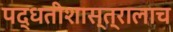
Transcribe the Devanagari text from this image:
पद्धतीशास्त्रालाच